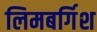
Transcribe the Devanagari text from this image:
लिमबर्गिश